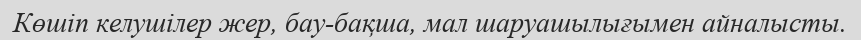
Көшіп келушілер жер, бау-бақша, мал шаруашылығымен айналысты.